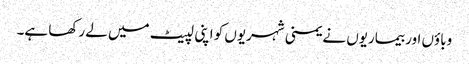
وباؤں اور بیماریوں نے یمنی شہریوں کو اپنی لپیٹ میں لے رکھا ہے۔